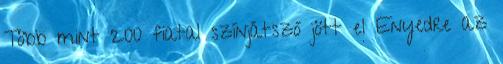
Több mint 200 fiatal színjátszó jött el Enyedre az